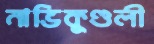
নাভিকুণ্ডলী